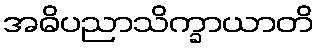
အဓိပညာသိက္ခာယာတိ